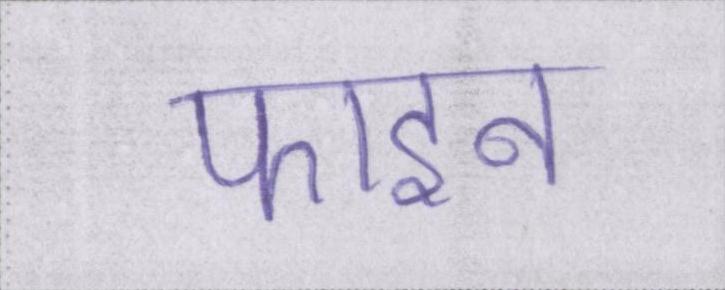
फाइन